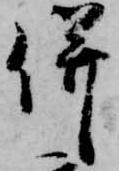
併